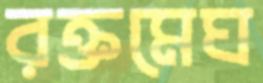
রক্তমেঘ